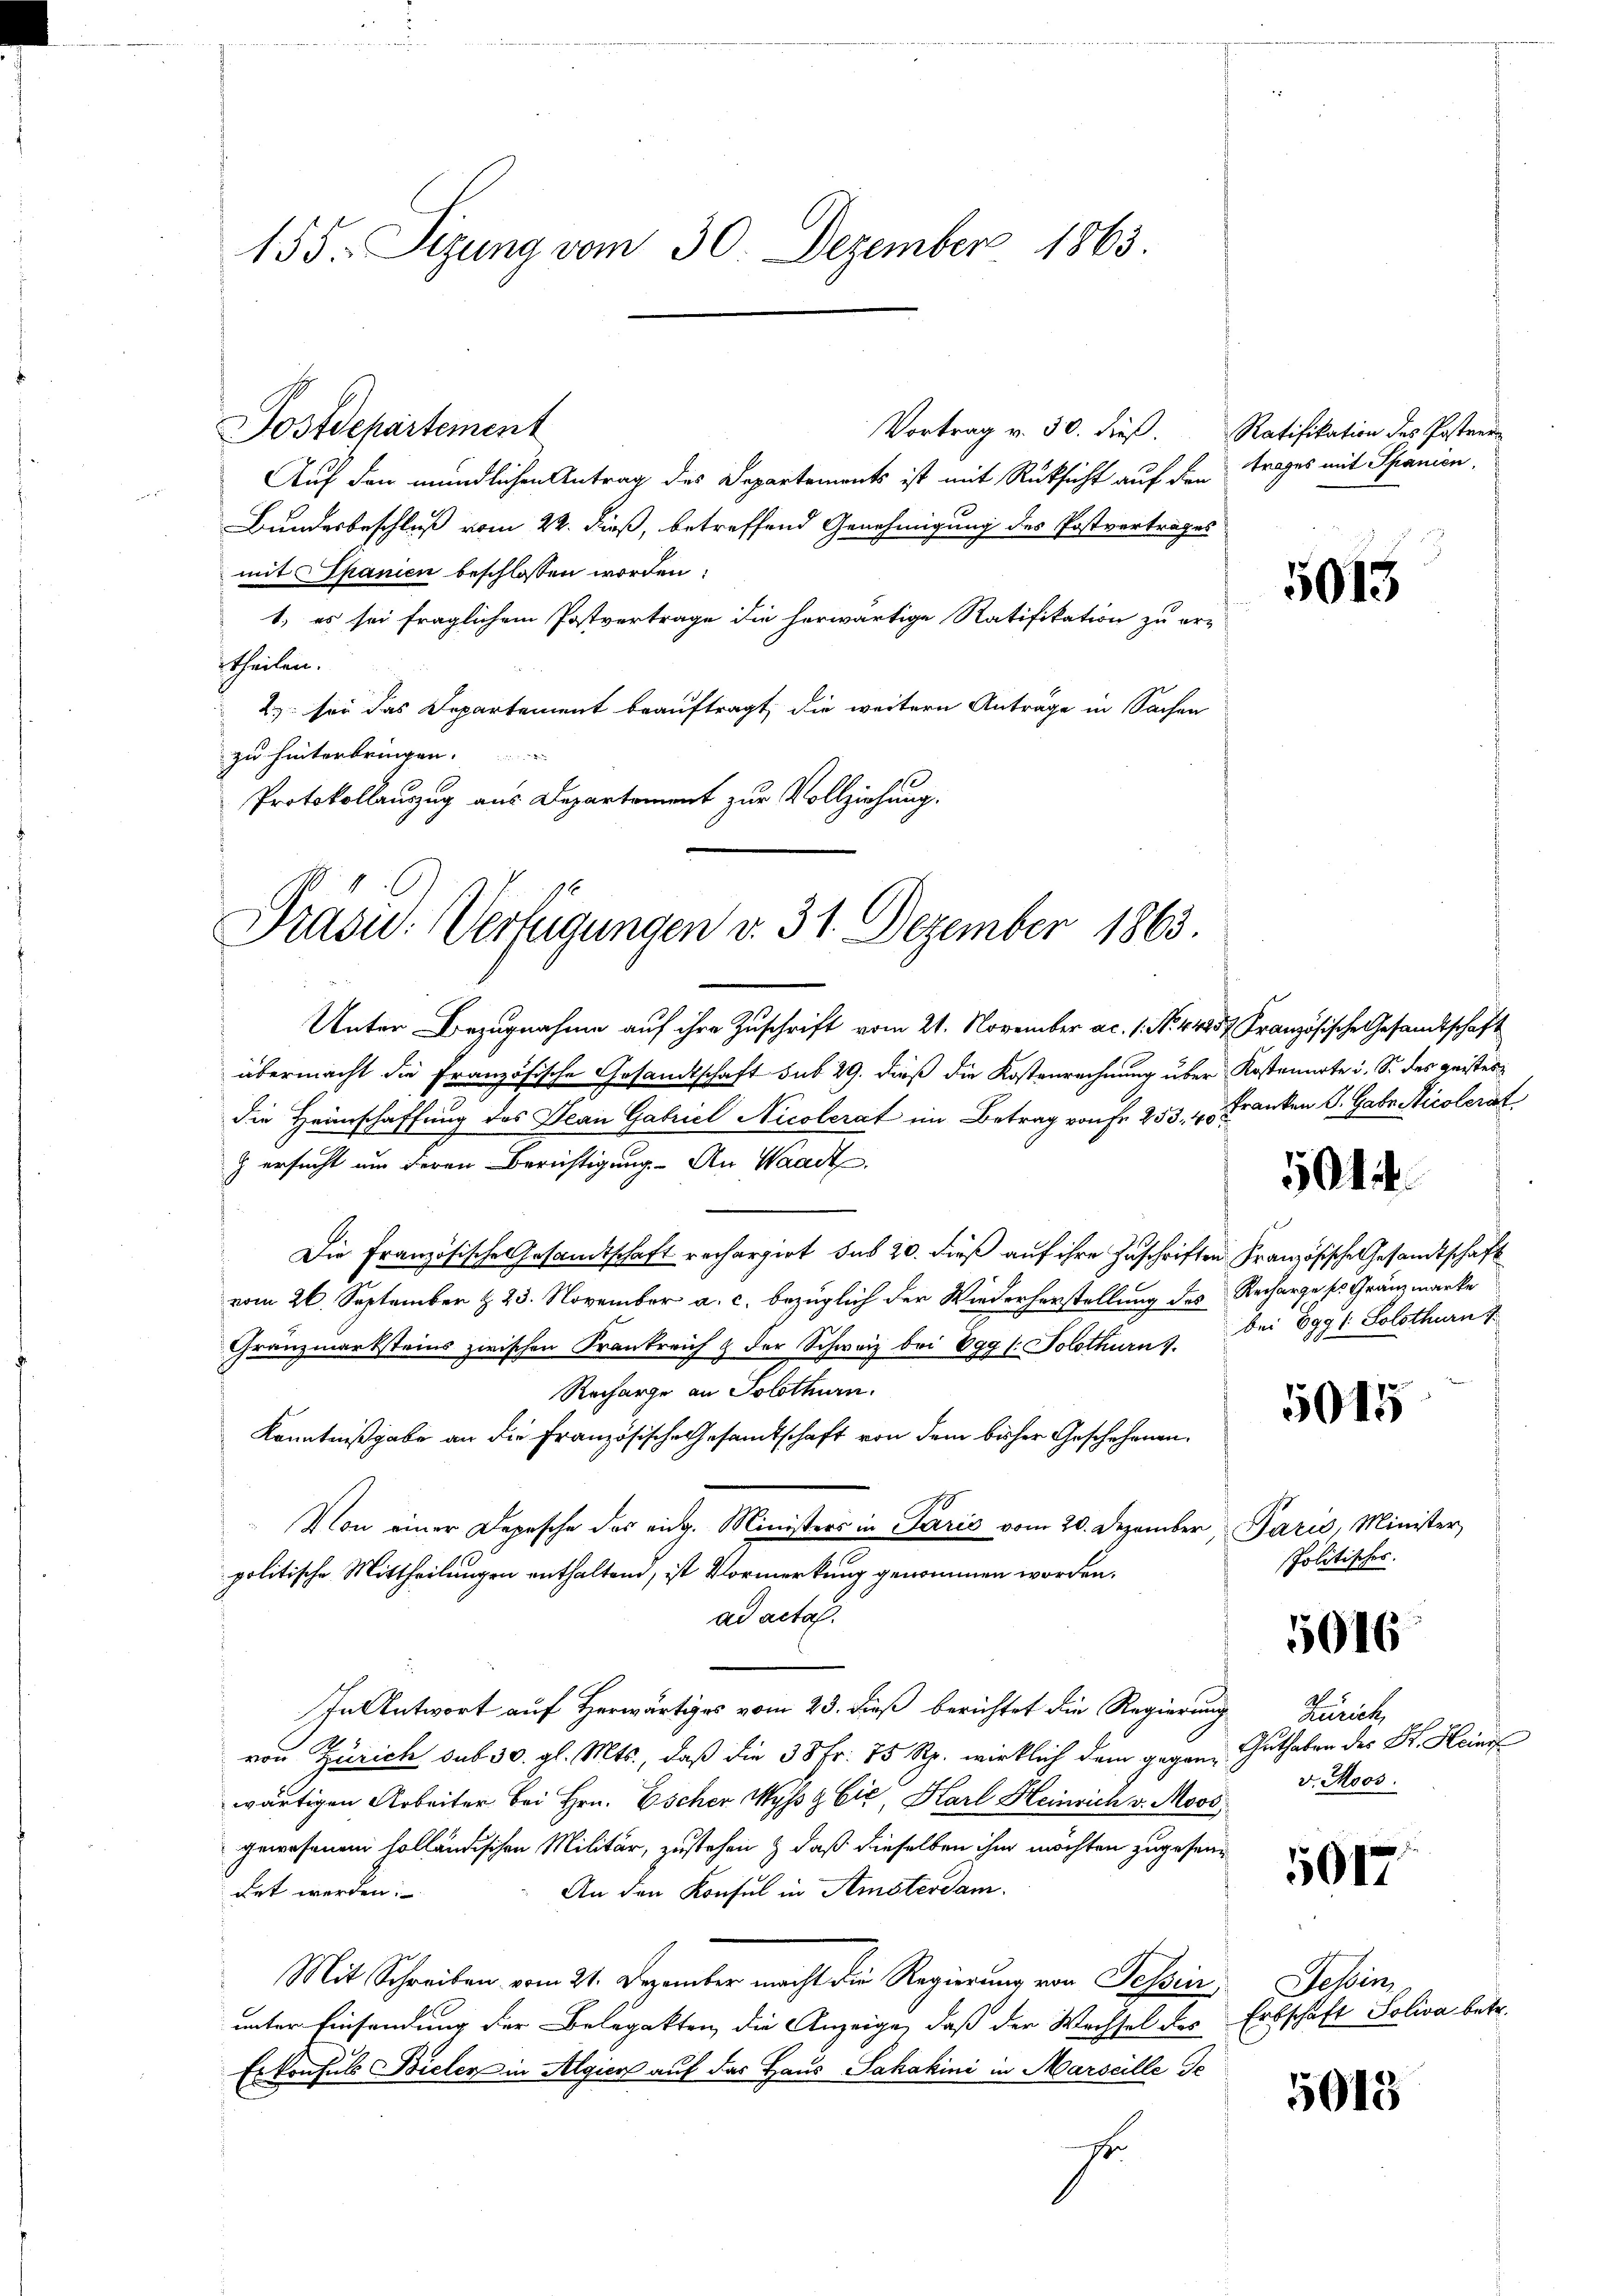
155. Sizung vom 30. Dezember 1863

Postdepartement
Auf den mündlichen Antrag des Departements ist mit Rücksicht auf den
Bundesbeschluß vom 22. dieß, betreffend Genehmigung des Postvertrages
mit Spanien beschlossen worden:
1.) es sei fraglichem Postvertrage die herwärtige Ratifikation zu er-
itheilen.
2) sei das Departement beauftragt, die weitern Anträge in Sachen
zu hinterbringen.
Protokollauszug aus Departement zur Vollziehung.

Präsid.: Verfügungen v. 31. Dezember 1863.

Vortrag v. 30. dieß. Ratifikation des Postrer
trages mit Spanien.

Unter Bezugnahme auf ihre Zuschrift vom 21. November ac. 1. No. 44257 Französische Gesandtschaft
übermacht die Französische Gesandtschaft sub 29. dieß die Kostenrechnung über Kostenarte u. S. des geistes
die Heimschaffung des Jean Gabriel Nicolerat im Betrag von Fr. 253, 4, Franken S. Gaber Nicolerat
) ersucht um deren Berichtigung. An Waadt
Die Französische Gesandtschaft rechargirt das 20. dieß auf ihre Zuschriften Französische Gesandtschaft
vom 26. September & 23. November a. c. bezüglich der Wiederherstellung des Recharge ses Gränzmarke
Gränzmarksteins zwischen Frankreich & der Schweiz bei Vggl: Solothurn v. Bei Egg 1 Solothurn
Recharge an Solothurn.
Kenntnißgabe an die Französische Gesamtschaft von dem bisher Geschehenen.
Von einer Depesche des eidg. Ministers in Paris vom 20. Dezember Paris, Minister,
politische Mittheilungen enthaltend, ist Vormerkung genommen worden.
ad acta.
In Antwort auf Herwärtiges vom 23. dieß berichtet die Regierung Zürich,
von Zürich sub 30. gl. Mts., daß die 38 Fr. 75 Rp. wirklich dem geganwärtigen Arbeiter bei Hrn. Escher Wyß & Cie, Karl Heinrich v. Moos,
gewesenen holländischen Militär, zustehen & daß dieselben ihm möchten zugesendet werden.
An den Konsul in Amsterdam.
Mit Schreiben vom 21. Dezember macht die Regierung von Tessin
unter Einsendung der Belegatten die Anzeige, daß der Wechsel des Erbschaft Soliva betr.
Erkonsuls Bieler in Algien auf das Haus Sakakini in Marseille de
He

5013

504 f.

5015

Politisches.

5016

Guthaben des St. Heinr
v. Moos.

5017.

Tessin,

5013